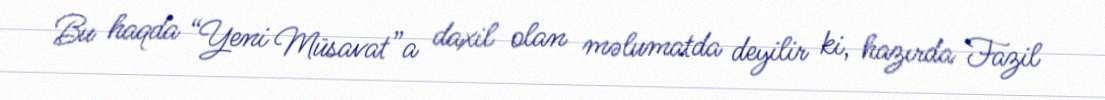
Bu haqda “Yeni Müsavat”a daxil olan məlumatda deyilir ki, hazırda Fazil